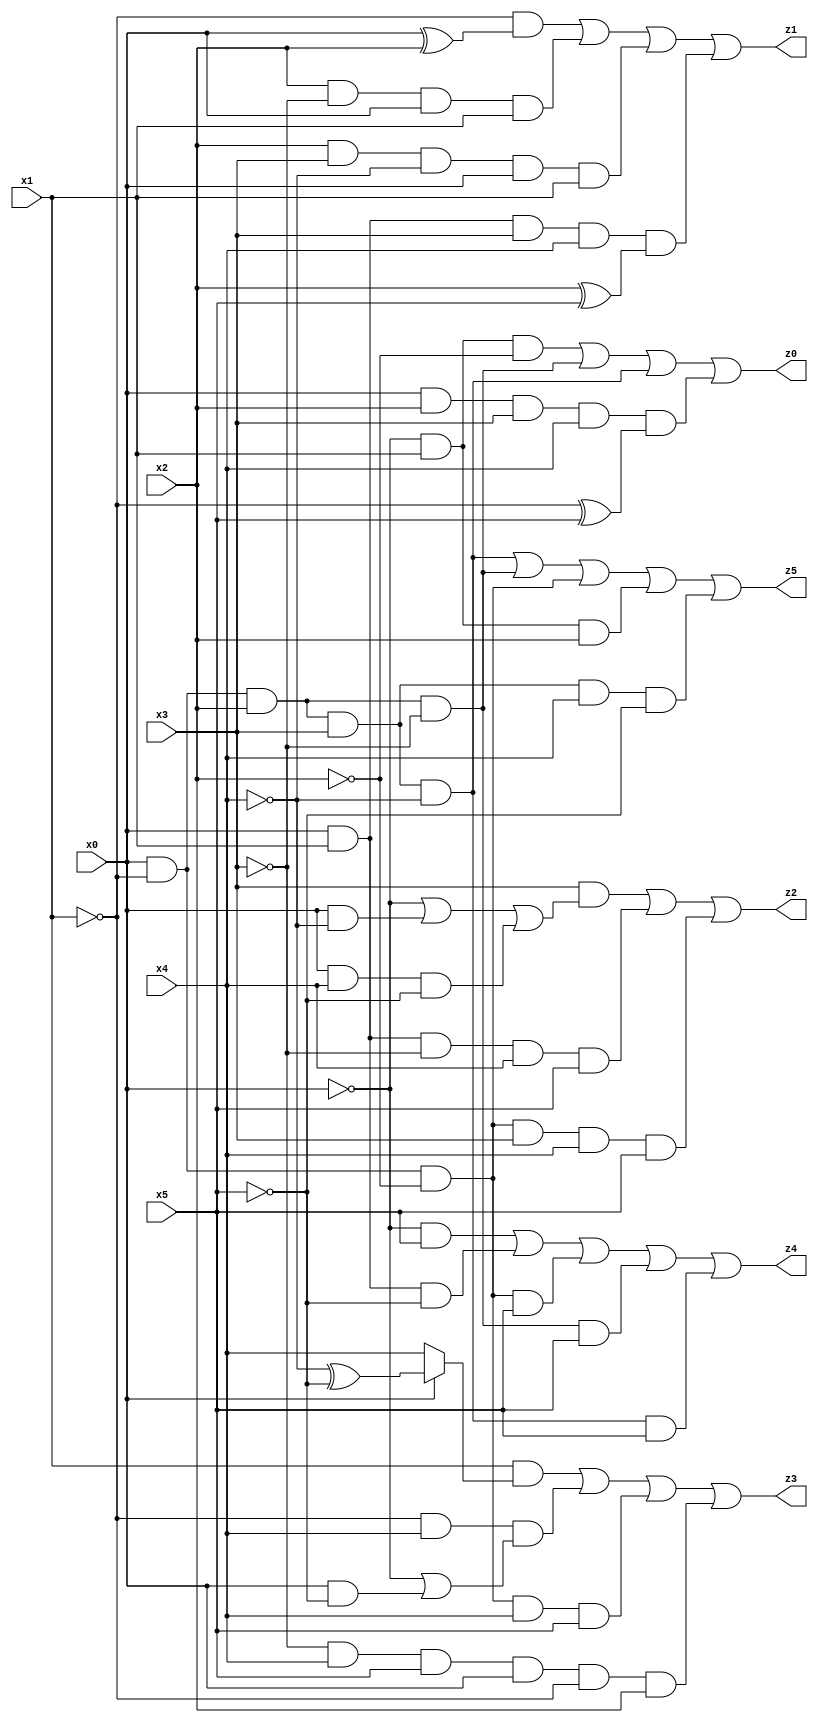
// Benchmark "X_51" written by ABC on Thu Jun 29 03:20:16 2023

module X_51 ( 
    x0, x1, x2, x3, x4, x5,
    z0, z1, z2, z3, z4, z5  );
  input  x0, x1, x2, x3, x4, x5;
  output z0, z1, z2, z3, z4, z5;
  assign z0 = (~x0 & x1 & ~x2) | (x0 & ~x1 & x2 & ~x3) | (x0 & ~x1 & x2 & x3 & ~x4) | (x0 & x2 & x3 & x4 & (~x1 ^ x5));
  assign z1 = (~x1 & (x0 ^ x2)) | (x2 & ~x3 & x0 & x1) | (x2 & x3 & ~x4 & x0 & x1) | (x0 & x1 & x3 & x4 & (x2 ^ x5));
  assign z2 = (x3 & (~x0 | (x0 & ~x4) | (x0 & x4 & ~x5))) | (x0 & x1 & ~x3 & x4 & x5) | (x0 & ~x1 & ~x2 & x3 & x4 & x5);
  assign z3 = (x1 & (x0 ? (~x4 ^ ~x5) : x4)) | (~x1 & x4 & (~x0 | (x0 & ~x5))) | (x0 & ~x1 & ~x2 & x4 & x5) | (~x3 & x4 & x5 & x0 & ~x1 & x2);
  assign z4 = (~x0 & x5) | (x0 & x1 & ~x5) | (x0 & ~x1 & ~x2 & x5) | (x0 & ~x1 & x2 & ~x3 & x5) | (x0 & ~x1 & x2 & x3 & ~x4 & x5);
  assign z5 = (x0 & ~x1 & x2 & x3 & ~x4) | (x0 & ~x1 & x2 & ~x3) | (x0 & ~x1 & ~x2) | (~x0 & x1 & x2) | (x0 & ~x1 & x2 & x3 & x4 & ~x5);
endmodule